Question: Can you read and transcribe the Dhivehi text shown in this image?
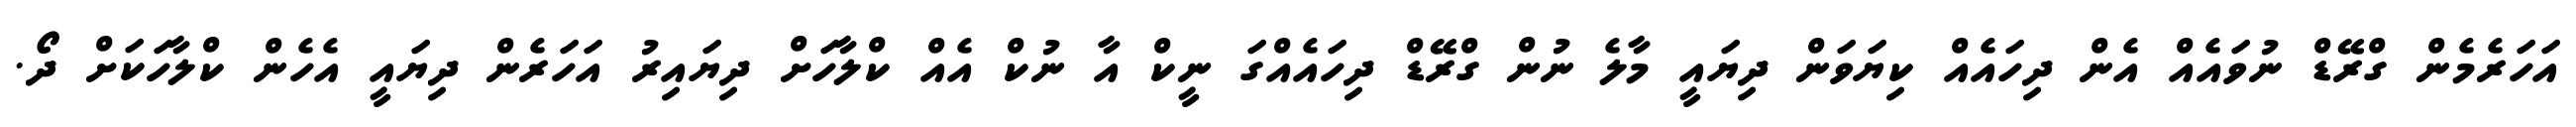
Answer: އަހަރެމެން ގްރޭޑް ނުވައެއް އެން ދިހައެއް ކިޔަވަން ދިޔައީ މާލެ ނުން ގްރޭޑް ދިހައެއްގަ ނީކް އާ ނުކް އެއް ކްލާހަށް ދިޔައިރު އަހަރެން ދިޔައީ އެހެން ކްލާހަކަށް ދޯ.